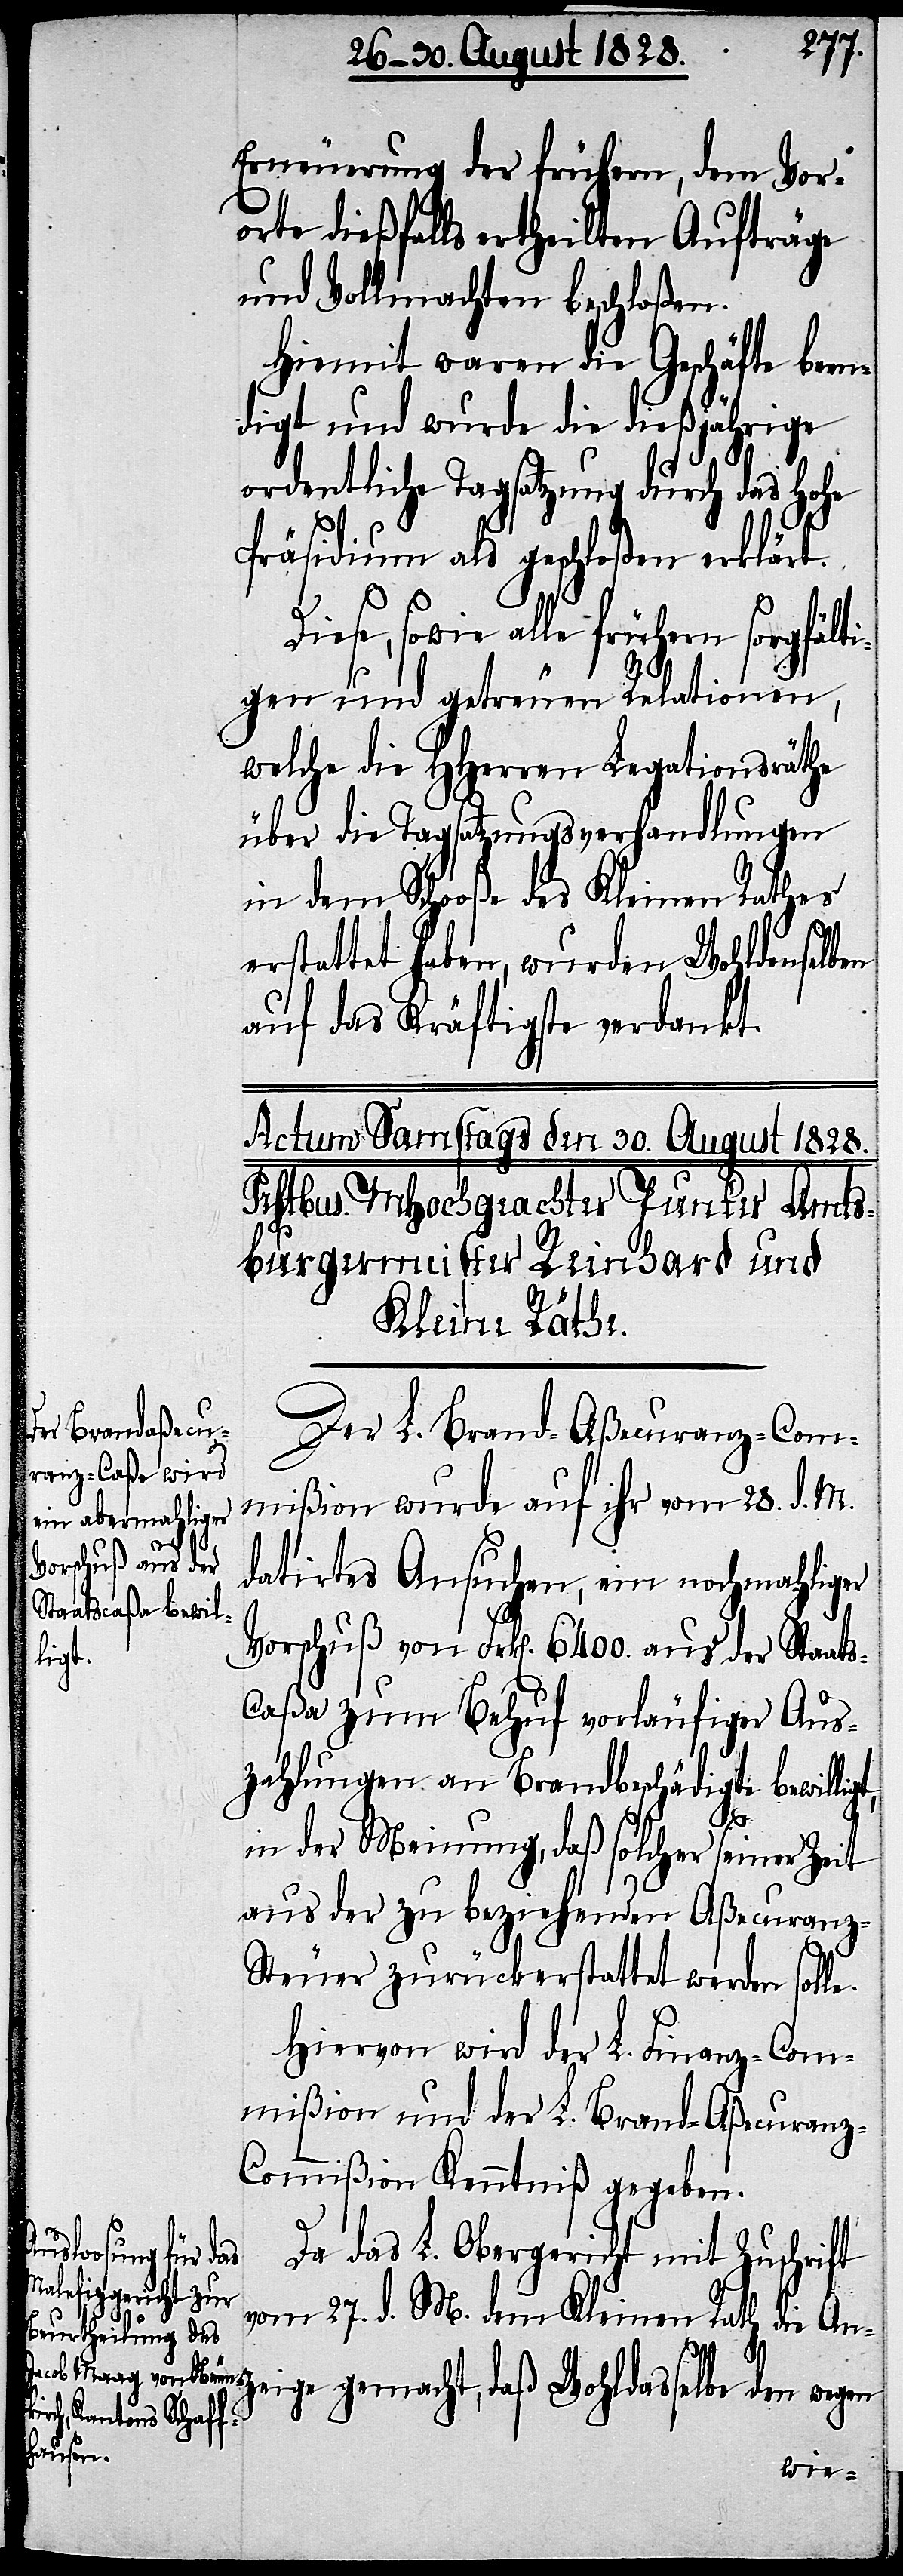
Erneuerung der frühern, dem Vor¬
orte dießfalls ertheilten Aufträge
und Vollmachten beschloßen.
Hiemit waren die Geschäfte been¬
digt und wurde die dießjährige
ordentliche Tagsatzung durch das Hohe
Präsidium als geschloßen erklärt.
Diese, sowie alle frühern sorgfälti¬
gen und getreuen Relationen,
welche die HHerren Legationsräthe
über die Tagsatzungsverhandlungen
in dem Schooße des Kleinen Rathes
erstattet haben, wurde Wohldenselben
auf das Kräftigste verdankt.
Der L. Brand-Aßecuranz-Com¬
mißion wurde auf ihr vom 28. d. M.
datirtes Ansuchen, ein nochmahliger
Vorschuß von Frk[en]. 6400. aus der Staats¬
caßa zum Behuf vorläufiger Aus¬
zahlungen an Brandbeschädigte bewilligt,
in der Meinung, daß solcher seiner Zeit
aus der zu beziehenden Aßecuranz-S¬
teuer zurückerstattet werden solle.
Hiervon wird der L. Finanz-Com¬
mißion und der Brand-Aßecuranz-C¬
ommißion Kenntniß gegeben.
Da das L. Obergericht mit Zuschrift
wohldasselbe
vom 27. d. M. dem Kleinen Rath die Anz¬